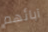
آبائهم